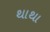
થાથા